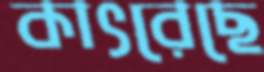
কাৎরেছে